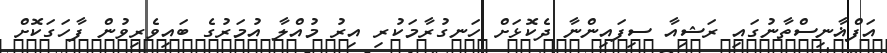
އަފްޣާނިސްތާނުގައި ރަޝިއާ ސިފައިންނާ ދެކޮޅަށް ހަނގުރާމަކުރި އިރު މުއްލާ އުމަރުގެ ބައިވެރިވުން ފާހަގަކޮށް